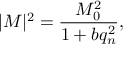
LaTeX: | { \cal M } | ^ { 2 } = \frac { M _ { 0 } ^ { 2 } } { 1 + b q _ { n } ^ { 2 } } ,